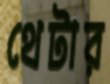
থেটার